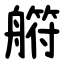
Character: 䒀